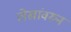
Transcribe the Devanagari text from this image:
लेखांवरुन